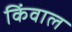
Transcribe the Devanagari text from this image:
किंवाल